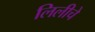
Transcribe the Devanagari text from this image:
लिलीचे